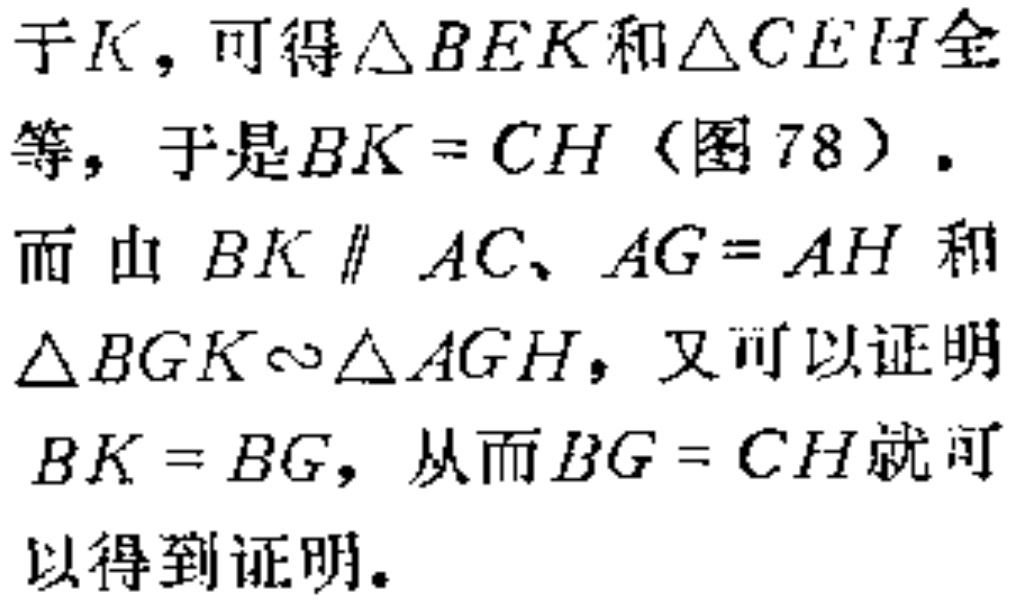
于\(K\)，可得\(\triangle BEK\)和\(\triangle CEH\)全

等，于是\(BK = CH\)（图78）.

而由 \(BK \parallel AC\)、\(AG = AH\)和

\(\triangle BGK\sim\triangle AGH\)，又可以证明

\(BK = BG\)，从而\(BG = CH\)就可

以得到证明.